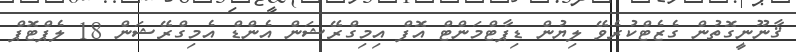
ޤާނޫނީގޮތުން ގެޒެޓްކުރެވޭ ލިޔުން ޑިޕާޓްމަންޓް އޮފް އިމިގްރޭޝަން އެންޑް އެމިގްރޭޝަން 18 ލެޕްޓޮޕް